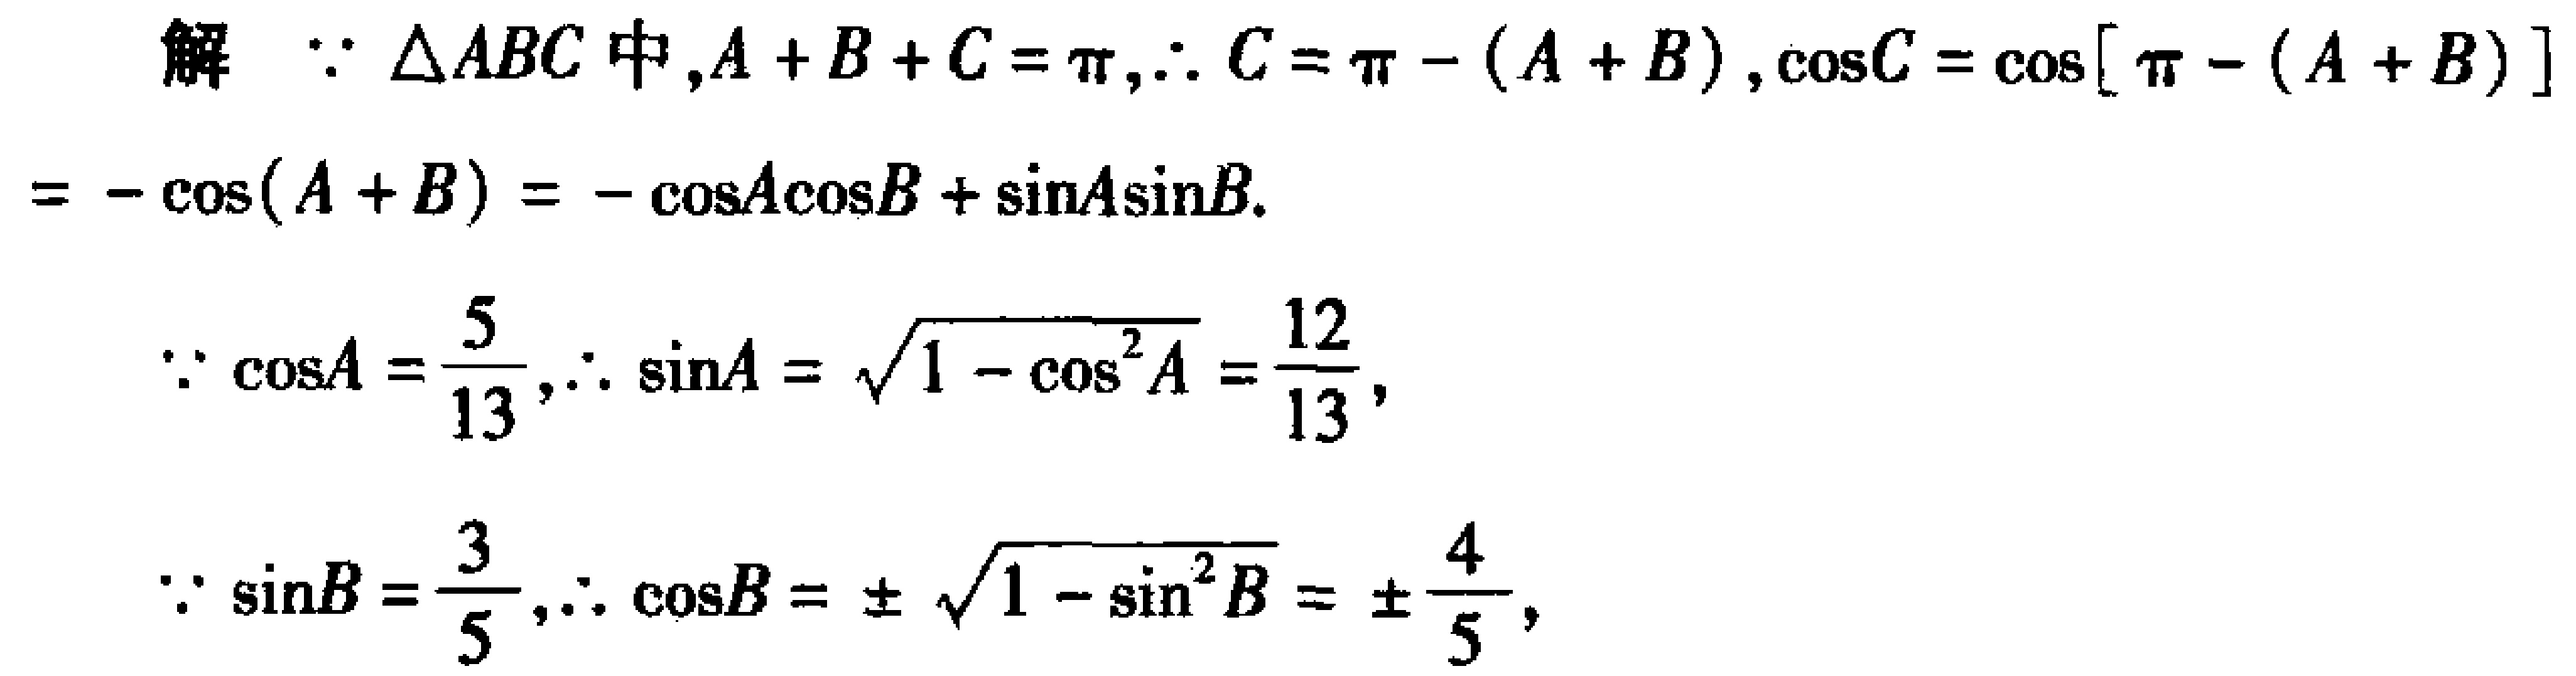
解：\(\because \triangle ABC\)中，\(A + B + C=\pi\)，\(\therefore C=\pi-(A + B)\)，\(\cos C=\cos[\pi-(A + B)]\)
\(=-\cos(A + B)=-\cos A\cos B+\sin A\sin B\)。

\(\because \cos A=\frac{5}{13}\)，\(\therefore \sin A=\sqrt{1 - \cos^{2}A}=\frac{12}{13}\)，

\(\because \sin B=\frac{3}{5}\)，\(\therefore \cos B=\pm\sqrt{1 - \sin^{2}B}=\pm\frac{4}{5}\)，